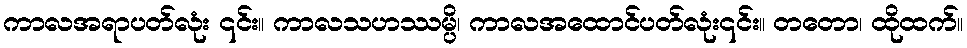
ကာလအရာပတ်လုံး ၎င်း။ ကာလသဟဿမ္ပိ၊ ကာလအထောင်ပတ်လုံး၎င်း။ တတော၊ ထိုထက်။